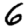
Digit: 6